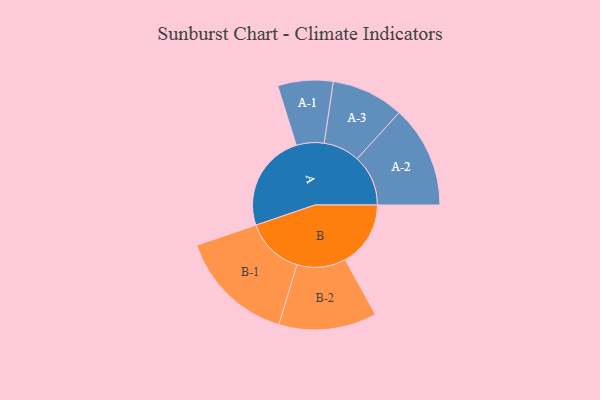
{"axis": {"x": "Segment", "y": "Value"}, "legend": ["", "A", "B"], "data": [{"x": "A", "y": 464, "type": ""}, {"x": "B", "y": 310, "type": ""}, {"x": "A-1", "y": 131, "type": "A"}, {"x": "A-2", "y": 242, "type": "A"}, {"x": "A-3", "y": 172, "type": "A"}, {"x": "B-1", "y": 276, "type": "B"}, {"x": "B-2", "y": 232, "type": "B"}]}